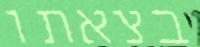
בצאתו